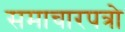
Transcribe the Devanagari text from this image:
समाचारपत्रो